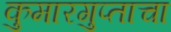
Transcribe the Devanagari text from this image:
कुमारगुप्ताचा